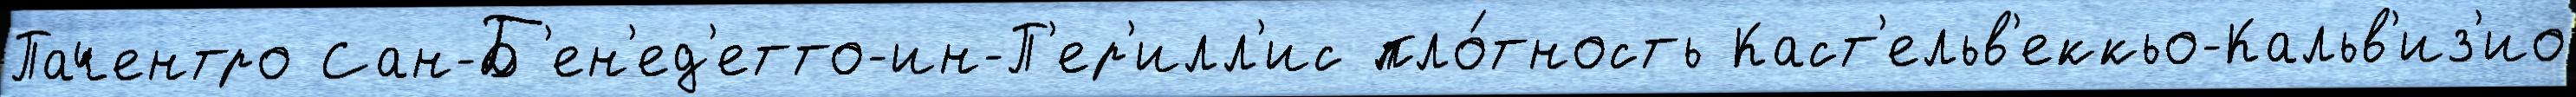
Пачентро Сан-Б'ен'ед'етто-ин-П'ер'илл'ис пло́тность Каст'ельв'еккьо-Кальв'из'ио